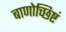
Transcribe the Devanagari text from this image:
बाणोच्छिष्टं